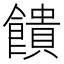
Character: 饋